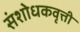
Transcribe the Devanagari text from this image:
संशोधकवृत्ती